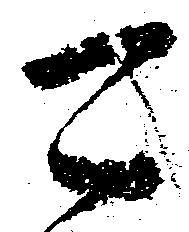
可